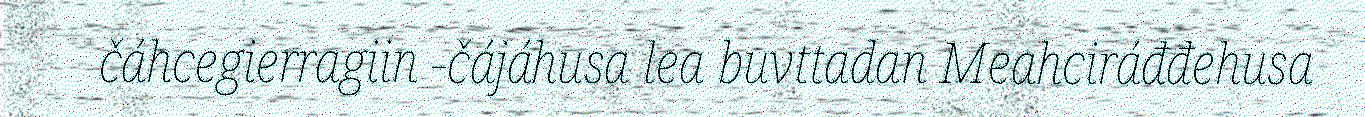
čáhcegierragiin -čájáhusa lea buvttadan Meahciráđđehusa